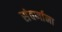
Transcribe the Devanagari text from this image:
संवर्णाना